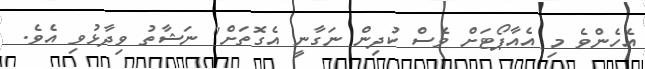
އެހެންވެ މި އެއާޕޯޓަށް ވެސް ކުދިން ނަގާނީ އެގޮތަށް" ނަޝާތު ވިދާޅުވި އެވެ.